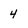
Character: 4